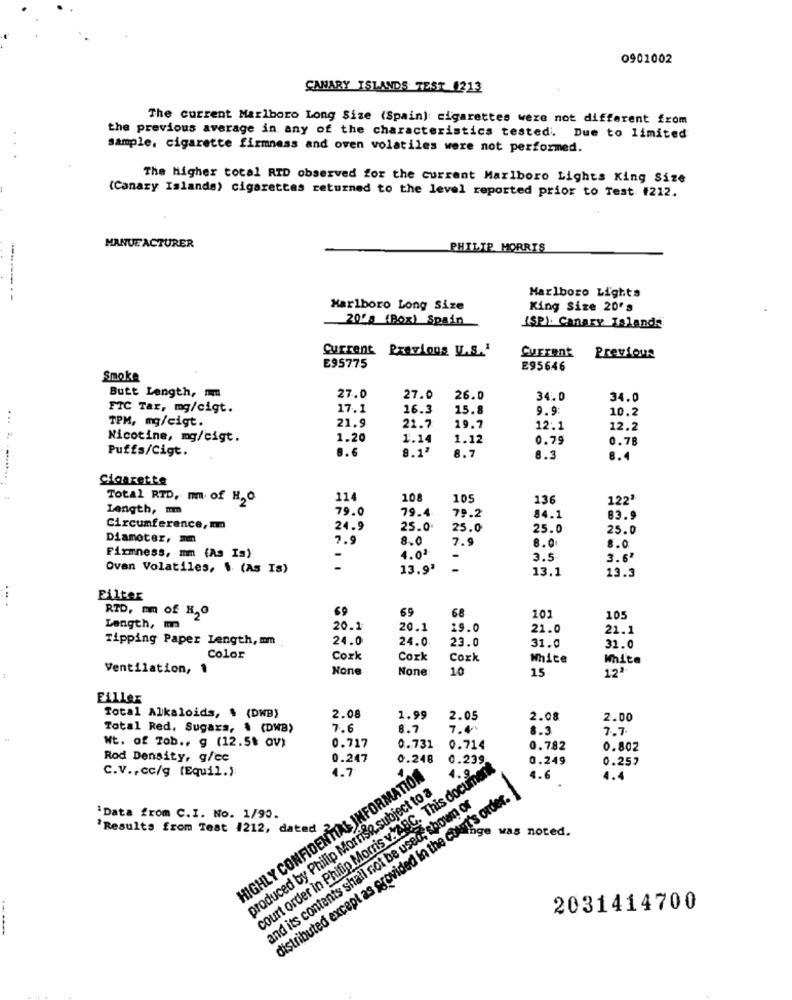
0901002
CANARY ISLANDS TEST 1213
The current Marlboro Long Size (Spain): cigarettes were not different from
the previous average in any of the characteristics testedi. Due to limited
sample, cigarette firmness and oven volatiles were not performed.
The Higher total RID observed for the current Marlboro Lights King Size
(Canary Islands) cigarettes returned to the level reported prior to Test #212.
MANUFACTURER
PHILIP MORRIS
Marlboro Lights
Marlboro Long Size
King Size 20's
20's (Box) Spain
(SP). Canary Talands
Current Previous U.S.'
Current Previous
E95775
E95646
Smoke
Butt Length, mm
27.0
27.0
26.0
34.0
34.0
FTC Tar, mg/cigt.
17.1
16.3
15.8
9.9:
10.2
TPM, mg/cigt.
21.9
21.7
19.7
12.1
12.2
Nicotine, mg/cigt.
1.20
1.14
1.12
0.79
0.78
Puffs/Cigt.
8.6
8.1ª
8.7
8.3
8.4
... ..........
Cigarette
Total RTD, mm of H2O
114
10
105
136
122'
Length, mm
79.0
79.4
79.2
84.1
83.9
Circumference, m
24.9
25.0
25.0
25.0
25.0
Diameter, mn
7.9
8.0
7.9
Firmness, mm (As Is)
8.0
8.0
-
4.0
-
3.5
3.6ª
Ovan Volatiles, $ (As Is)
13.9'
13.1
13.3
.. .
Filter
RTD, mm of H,O
69
69
68
101
105
Length, m
20.1
20.1
19.0
21.0
21.1
Tipping Paper Length, mm
24.0
24.0.
23.0
31.0
31.0
Color
Cork
Cork
Cork
White
White
Ventilation, 1
10
12ª
15
Filles
Total Alkaloids, $ (DWB)
2.08
1.99
2.05
2.08
2.00
Total Red. Sugars, . (DMB)
7.6
8.7
7.4
8.3
7.7
Wt. of Tob ., g (12.5% av)
0.731
0.717
0.714
0.782
0.802
Rod Density, g/ec
0.247
0.248
0.239
0.249
0.257
C.V ., cc/g (Equil.):
HIGHLY CONFIDENTIAL INFORMATION
court order in Philip Morris v.ABC. This document
4.7
..
4.6
4.4
produced by Philip Morrise subject to a
distributed except as provided in the court's order.]
and its contents shall not be used, shown or
`Data from C.I. No. 1/90.
'Results from Test 1212, dated
was noted.
2031414700